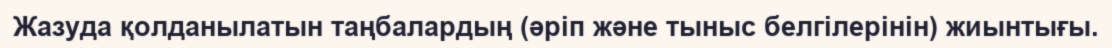
Жазуда қолданылатын таңбалардың (әріп және тыныс белгілерінін) жиынтығы.